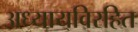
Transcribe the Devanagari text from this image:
अध्यायविरहित